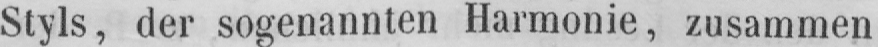
Styls, der sogenannten Harmonie, zusammen